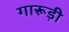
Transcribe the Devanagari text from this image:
गारूड़ी